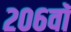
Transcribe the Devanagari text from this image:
२०६वॉ